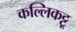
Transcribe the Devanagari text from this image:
कल्लिकट्टू